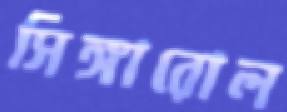
সিঙ্গারোল